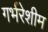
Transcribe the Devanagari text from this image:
गर्भरेशीम